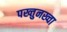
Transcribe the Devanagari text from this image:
पख्तुनख्वा